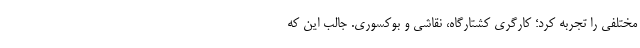
مختلفی را تجربه کرد؛ کارگری کشتارگاه، نقاشی و بوکسوری. جالب این‌ که